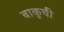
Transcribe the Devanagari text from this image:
बाकूची